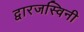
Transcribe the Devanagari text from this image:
द्वारजस्विनी